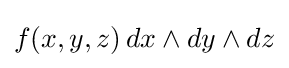
f(x,y,z)\,dx\wedge dy\wedge dz